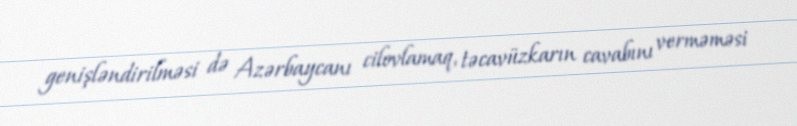
genişləndirilməsi də Azərbaycanı cilovlamaq, təcavüzkarın cavabını verməməsi